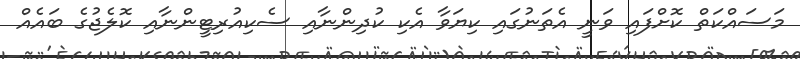
މަސައްކަތް ކޮށްފައި ވަނީ އެތަނުގައި ކިޔަވާ އެކި ކުދިންނާއި ސެކިއުރިޓީންނާއި ކޮލެޖުގެ ބައެއް